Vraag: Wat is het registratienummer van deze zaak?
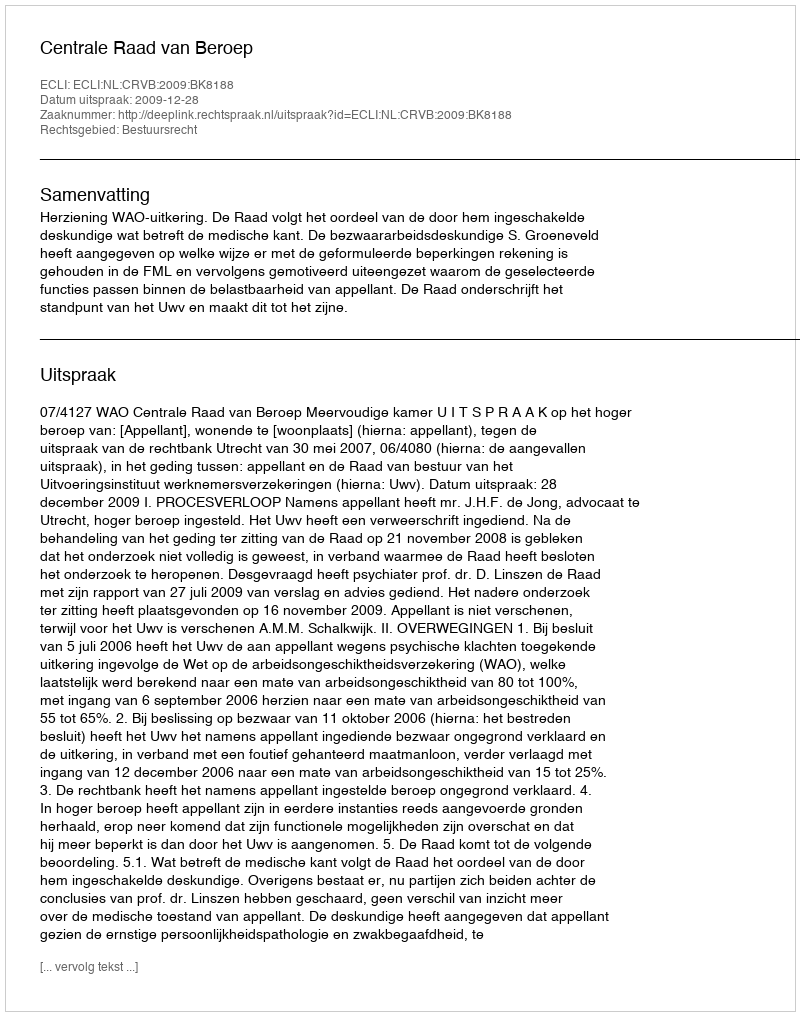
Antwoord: http://deeplink.rechtspraak.nl/uitspraak?id=ECLI:NL:CRVB:2009:BK8188